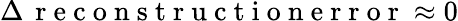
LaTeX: \Delta\, \mathrm{~r~e~c~o~n~s~t~r~u~c~t~i~o~n~e~r~r~o~r~}\approx 0